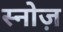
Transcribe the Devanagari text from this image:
स्नोज़